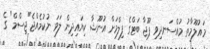
މައުލޫމާތު މުއްސަނދިވި ޕޫޖާ ބަޓްގެ ފިލްމަށް އުނޫޝާ ކިޔައިދިން ލަވަ ނުކުމެއްޖެ"ޖިސްމް" ގެ